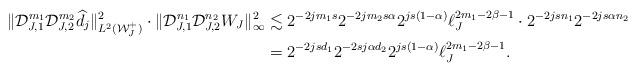
LaTeX: \begin{align*}\|\mathcal{D}_{J,1}^{m_1} \mathcal{D}_{J,2}^{m_2} \widehat{d}_{j} \|^2_{L^2(\mathcal{W}^+_J)}\cdot \|\mathcal{D}_{J,1}^{n_1} \mathcal{D}_{J,2}^{n_2} W_J\|^2_\infty&\lesssim 2^{-2jm_1s} 2^{-2jm_2s\alpha} 2^{js(1-\alpha)} \ell_J^{2m_1-2\beta-1} \cdot 2^{-2jsn_1} 2^{-2js\alpha n_2} \\&= 2^{-2jsd_1} 2^{-2sj\alpha d_2} 2^{js(1-\alpha)} \ell_J^{2m_1-2\beta-1}.\end{align*}